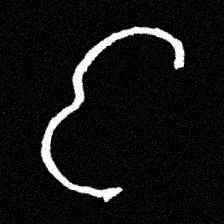
Pyu character \u2014 Myanmar letter: င (romanized: nga)